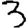
Digit: 3